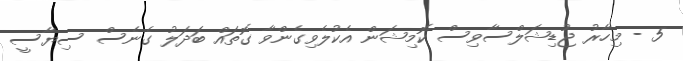
5 - މިހާރު ޖުޑިޝަލްސާވިސް ކޮމިޝަން އެކުލެވިގެންވާ ގޮތައް ބަދަލު ގެނެސް ސިޔާސީ